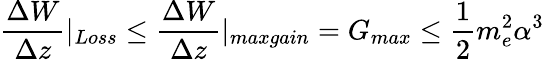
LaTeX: \frac{\Delta W}{\Delta z}|_{Loss}\leq\frac{\Delta W}{\Delta z}|_{maxgain}=G_{max}\leq\frac{1}{2}m_{e}^{2}\alpha^{3}